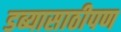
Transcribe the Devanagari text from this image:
डब्यासाठीपण